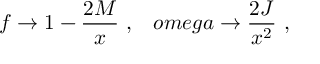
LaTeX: f \rightarrow 1 - \frac { 2 M } { x } \ , \ \ \, o m e g a \rightarrow \frac { 2 J } { x ^ { 2 } } \ ,